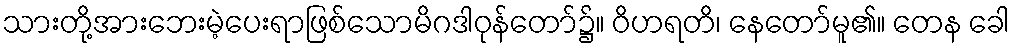
သားတို့အားဘေးမဲ့ပေးရာဖြစ်သောမိဂဒါဝုန်တော်၌။ ဝိဟရတိ၊ နေတော်မူ၏။ တေန ခေါ